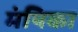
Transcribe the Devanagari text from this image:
मंयिका